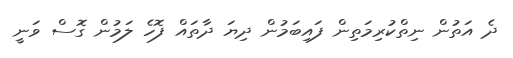
ދެ އަތުން ނިތްކުރިމަތިން ފައިބަމުން ދިޔަ ދާތައް ފޮހެ ލަމުން ގޮސް ވަނީ